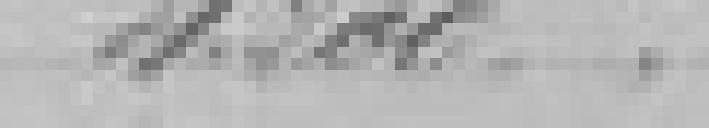
4.300